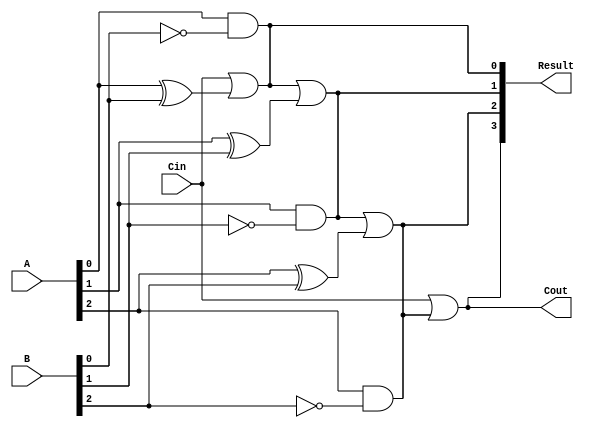
module subtractor(input [3:0] A, B,
                   input Cin,
                   output [3:0] Result,
                   output Cout);

  wire [2:0] D;
  wire [3:0] C;

  xor gates_xor0(D[0], A[0], B[0]);
  xor gates_xor1(D[1], A[1], B[1]);
  xor gates_xor2(D[2], A[2], B[2]);

  and gates_and0(C[0], A[0], ~B[0]);
  and gates_and1(C[1], A[1], ~B[1]);
  and gates_and2(C[2], A[2], ~B[2]);

  or gates_or0(C[3], Cin, C[2]);
  or gates_or1(C[2], C[1], D[2]);
  or gates_or2(C[1], C[0], D[1]);
  or gates_or3(C[0], Cin, D[0]);

  assign Result = {C[3], C[2], C[1], C[0]};
  assign Cout = C[3];

endmodule